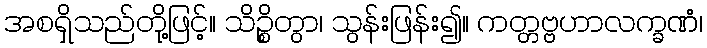
အစရှိသည်တို့ဖြင့်။ သိဉ္စိတွာ၊ သွန်းဖြန်း၍။ ကတ္တဗ္ဗဟာလက္ခဏံ၊